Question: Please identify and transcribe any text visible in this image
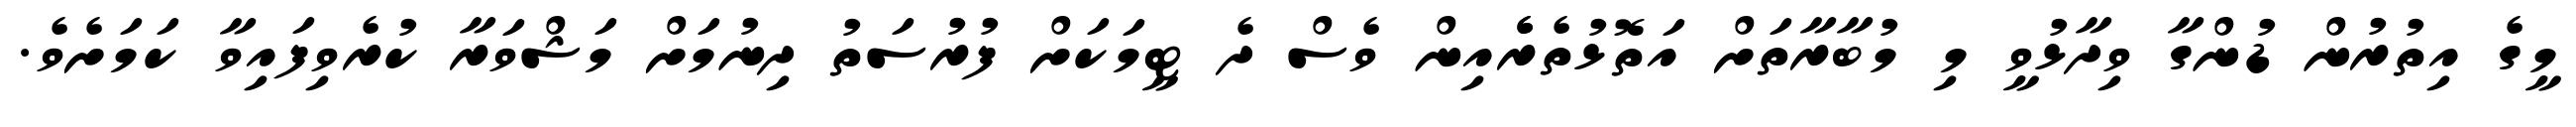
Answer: މީގެ އިތުރުން ޑުންގާ ވިދާޅުވީ މި މުބާރާތަށް އަތޮޅުތެރެެއިން ވެސް ދެ ޓީމަކަށް ފުރުސަތު ދިނުމަށް މަޝްވަރާ ކުރެވިފައިވާ ކަމަށެވެ.